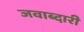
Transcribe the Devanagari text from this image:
जवाब्दारी